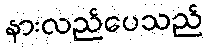
နားလည်ပေသည်